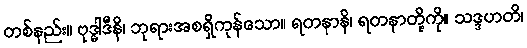
တစ်နည်း။ ဗုဒ္ဓါဒီနိ၊ ဘုရားအစရှိကုန်သော။ ရတနာနိ၊ ရတနာတို့ကို။ သဒ္ဒဟတိ၊